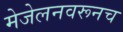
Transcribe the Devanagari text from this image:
मेजेलनवरूनच